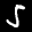
Label: 5